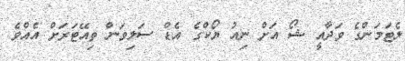
ލެޓަމަންގެ ވަދާއީ ޝޯ އަށް ނިއު ޔޯކްގެ އެޑް ސަލިވަން ތިއޭޓަރަށް އެއްވެ